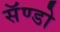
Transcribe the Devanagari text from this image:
सॅण्डो